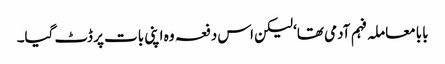
بابا معاملہ فہم آدمی تھا‘ لیکن اس دفعہ وہ اپنی بات پر ڈٹ گیا۔